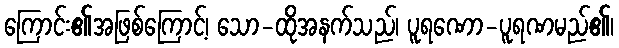
ကြောင်း၏အဖြစ်ကြောင့်၊ သော-ထိုအနက်သည်၊ ပူရဏော-ပူရဏမည်၏၊